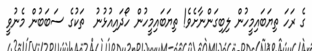
ގެ ރަހަ ތިޔަބައިމީހުން ލިބިގަންނާށެވެ! ތިޔަބައިމީހުން ހޯދައިއުޅުނު  ތަކުގެ ސަބަބުން މެނުވީ